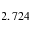
2 , 7 2 4